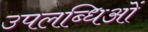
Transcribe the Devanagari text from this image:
उपलब्धिओं